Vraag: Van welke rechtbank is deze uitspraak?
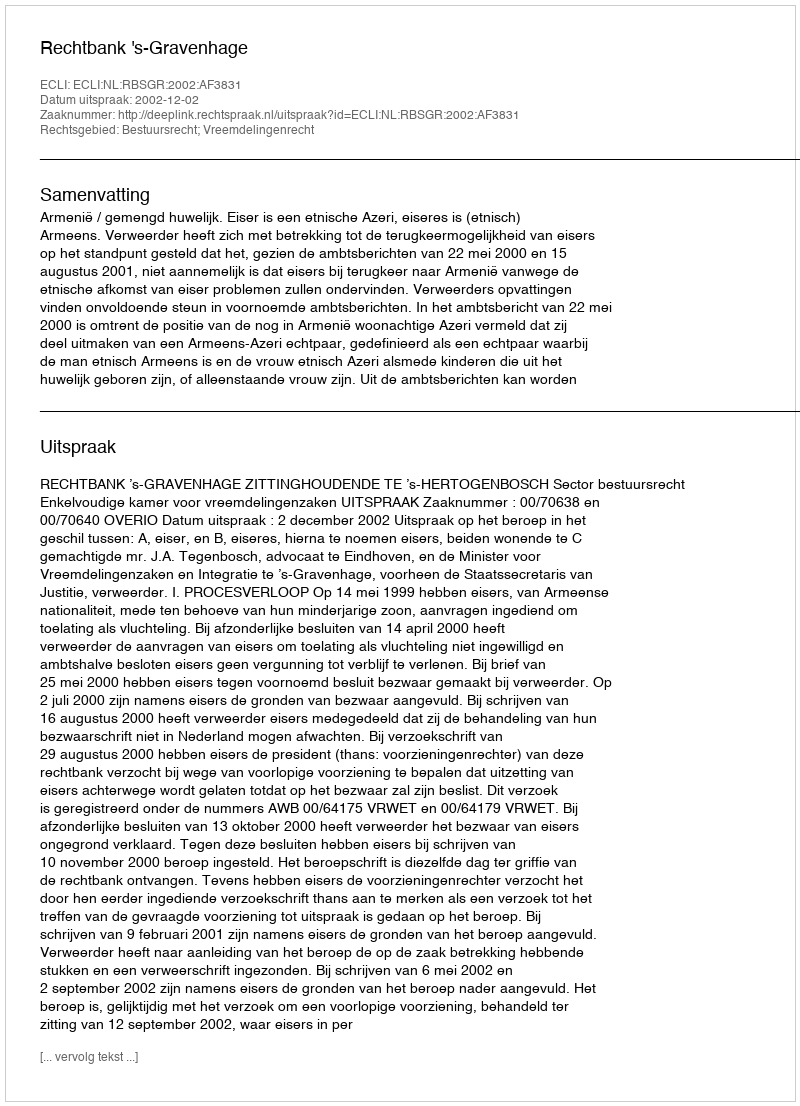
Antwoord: Rechtbank 's-Gravenhage